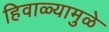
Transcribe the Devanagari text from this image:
हिवाळ्यामुळे